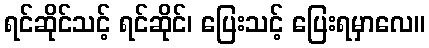
ရင်ဆိုင်သင့် ရင်ဆိုင်၊ ပြေးသင့် ပြေးရမှာလေ။